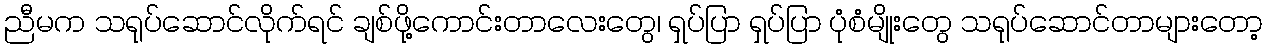
ညီမက သရုပ်ဆောင်လိုက်ရင် ချစ်ဖို့ကောင်းတာလေးတွေ၊ ရှပ်ပြာ ရှပ်ပြာ ပုံစံမျိုးတွေ သရုပ်ဆောင်တာများတော့